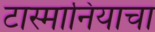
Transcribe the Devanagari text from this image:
टास्मानियाचा